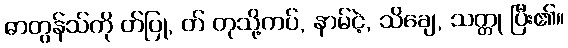
ဓာတွန်သ်ကို တ်ပြု, တ် တုသို့ကပ်, နာမ်ငဲ့, သိချေ, သတ္တု ပြီး၏။